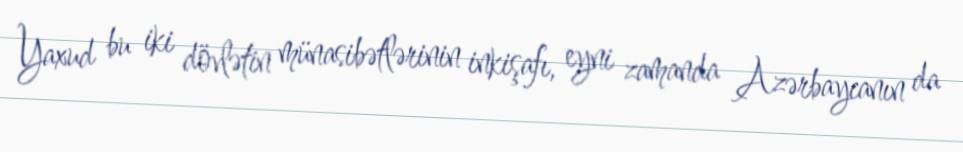
Yaxud bu iki dövlətin münasibətlərinin inkişafı, eyni zamanda Azərbaycanın da